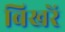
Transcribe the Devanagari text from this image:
बिखरें